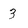
Character: 3